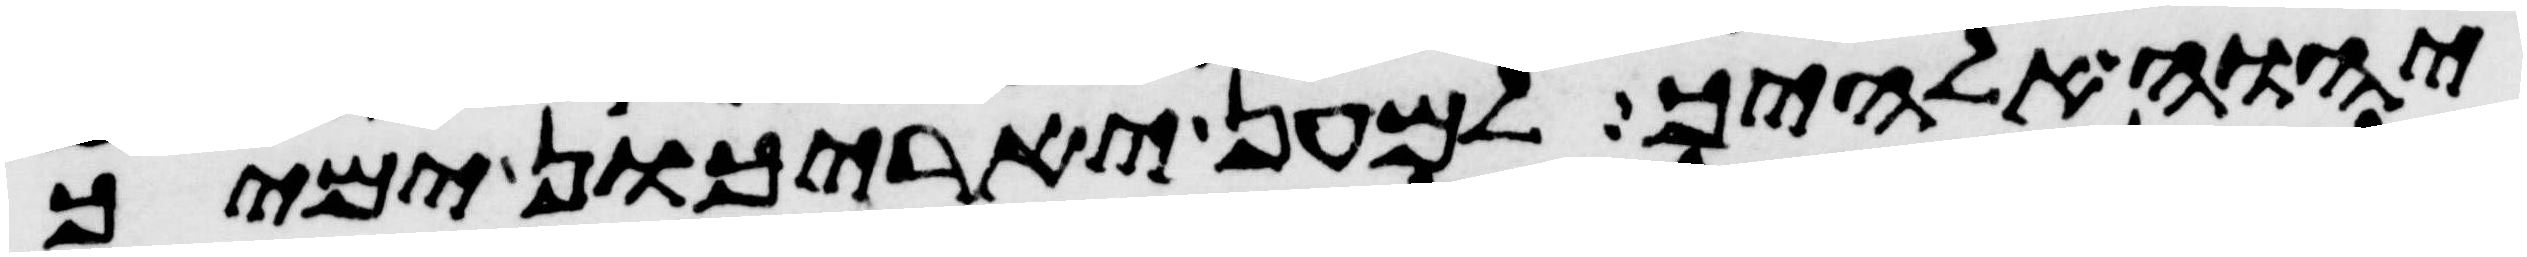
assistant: יהוה אלהיך למען יארכון ימיך